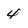
Character: 4